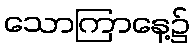
သောကြာနေ့၌